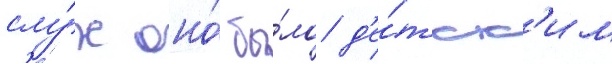
слу́х оно́ бы́ло д'е́тск'им